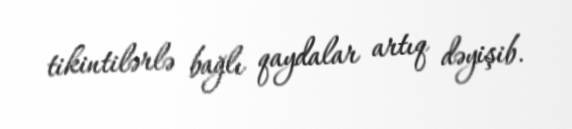
tikintilərlə bağlı qaydalar artıq dəyişib.